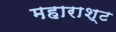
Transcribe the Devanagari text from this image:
महाराश्ट